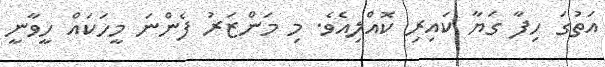
އަތުގަ ހިފާ ގަޔާ ކައިރި ކޮއްލިއެވެ. މި މަންޒަރު ފެންނަ މީހަކައް ހީވާނީ